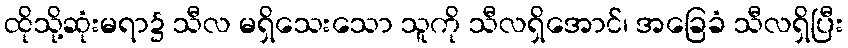
ထိုသို့ဆုံးမရာ၌ သီလ မရှိသေးသော သူကို သီလရှိအောင်၊ အခြေခံ သီလရှိပြီး